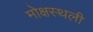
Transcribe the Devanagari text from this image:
मोक्षस्थली